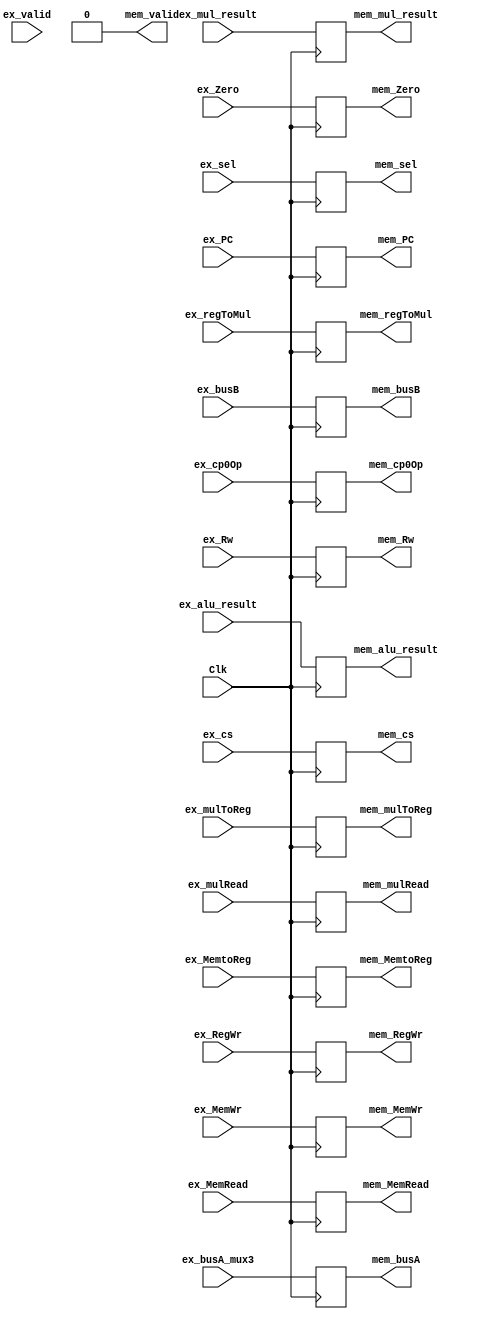
`timescale 1ns / 1ps
module ex_mem( Clk,          ex_Zero,        ex_alu_result, ex_busB,          ex_Rw,
               ex_RegWr,     ex_MemWr,       ex_MemtoReg,   mem_Zero,         mem_alu_result,
               mem_busB,     mem_Rw,         mem_RegWr,     mem_MemWr,        mem_MemtoReg,
               ex_MemRead,   mem_MemRead,
               //----{mul}begin
               ex_busA_mux3, ex_mul_result,  ex_regToMul,   ex_mulToReg,      ex_mulRead,
               mem_busA,     mem_mul_result, mem_regToMul,  mem_mulToReg,     mem_mulRead,
               //----{mul}end
               //----{cp0}begin
               ex_cs,        ex_sel,         ex_cp0Op,      ex_PC,
               mem_cs,       mem_sel,        mem_cp0Op,     mem_PC,
               //----{cp0}end
               //----{ISE}begin
               ex_valid,     mem_valid
               //----{ISE}end
               );
        input              Clk;
        input              ex_Zero;
        input       [31:0] ex_alu_result;
        input       [31:0] ex_busB;
        input       [4:0]  ex_Rw;        
        input              ex_RegWr;
        input       [1:0]  ex_MemWr;
        input              ex_MemtoReg;
        input       [1:0]  ex_MemRead;
        //----{mul}begin
        input       [31:0] ex_busA_mux3;
        input       [63:0] ex_mul_result;
        input       [ 1:0] ex_regToMul;
        input              ex_mulToReg;
        input              ex_mulRead;
        //----{mul}end
        //----{cp0}begin
        input       [ 4:0] ex_cs;
        input       [ 2:0] ex_sel;
        input       [ 2:0] ex_cp0Op;
        input       [31:2] ex_PC;
        //----{cp0}end

        //control
        output reg         mem_Zero;
        output reg [31:0]  mem_alu_result;
        output reg [31:0]  mem_busB;
        output reg [4:0]   mem_Rw;
        output reg         mem_RegWr;
        output reg [1:0]   mem_MemWr;
        output reg         mem_MemtoReg;
        output reg [1:0]   mem_MemRead;

        //----{mul}begin
        output reg [31:0]  mem_busA;
        output reg [63:0]  mem_mul_result;
        output reg [ 1:0]  mem_regToMul;
        output reg         mem_mulToReg;
        output reg         mem_mulRead;
        //----{mul}end
        //----{cp0}begin
        output reg [ 4:0]  mem_cs;
        output reg [ 2:0]  mem_sel;
        output reg [ 2:0]  mem_cp0Op;
        output reg [31:2]  mem_PC;
        //----{cp0}end  

        //----{ISE}begin
        input              ex_valid;
        output reg         mem_valid;
        //----{ISE}end

        initial begin
          mem_Zero       = 0;
          mem_alu_result = 32'd0;
          mem_busB       = 32'd0;
          mem_Rw         = 5'd0;
          mem_RegWr      = 0;    // 
          mem_MemWr      = 2'd0; // 
          mem_MemtoReg   = 0;    // MUX
          mem_MemRead    = 2'd0;
          //----{mul}begin
          mem_busA       = 32'd0;
          mem_mul_result = 63'd0;
          mem_regToMul   = 2'd0;
          mem_mulToReg   = 0;
          mem_mulRead    = 0;
          //----{mul}end
          //----{cp0}begin
          mem_cs         = 5'd0;
          mem_sel        = 3'd0;
          mem_cp0Op      = 3'd0;
          mem_PC         = 30'd0;
          //----{cp0}end  

          mem_valid      = 1'd0;
        end
        always @(negedge Clk)
        begin
          mem_alu_result <= ex_alu_result;
          mem_busB       <= ex_busB;
          mem_Rw         <= ex_Rw;     
          
          //control
          mem_Zero       <= ex_Zero;
          mem_RegWr      <= ex_RegWr;
          mem_MemWr      <= ex_MemWr;
          mem_MemtoReg   <= ex_MemtoReg;   
          mem_MemRead    <= ex_MemRead;    

          //----{mul}begin
          mem_busA       <= ex_busA_mux3;
          mem_mul_result <= ex_mul_result;
          mem_regToMul   <= ex_regToMul;
          mem_mulToReg   <= ex_mulToReg;
          mem_mulRead    <= ex_mulRead;
          //----{mul}end

          //----{cp0}begin
          mem_cs         <= ex_cs;
          mem_sel        <= ex_sel;
          mem_cp0Op      <= ex_cp0Op;
          mem_PC         <= ex_PC;
          //----{cp0}end 
        end
endmodule